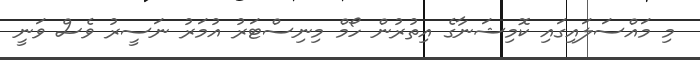
މި މައްސަލައިގައި ކޮމިޝަނާގެ އިތުރުން ހޯމް މިނިސްޓަރު އުމަރު ނަސީރު ވެސް ވަނީ